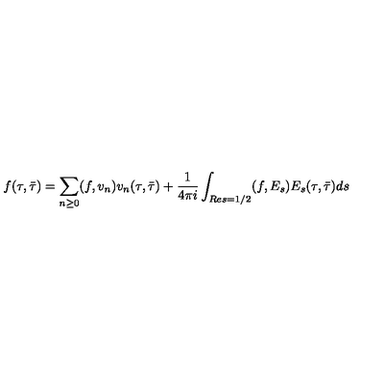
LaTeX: f ( \tau , \bar { \tau } ) = \sum _ { n \ge 0 } ( f , v _ { n } ) v _ { n } ( \tau , \bar { \tau } ) + \frac { 1 } { 4 \pi i } \int _ { R e s = 1 / 2 } ( f , E _ { s } ) E _ { s } ( \tau , \bar { \tau } ) d s